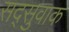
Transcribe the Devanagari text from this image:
सद्सुवाक